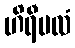
ဟိရီဗလံ